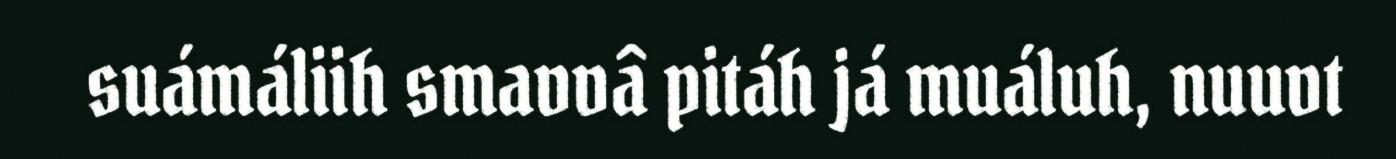
suámáliih smavvâ pitáh já muáluh, nuuvt